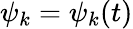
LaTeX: \psi_{k}=\psi_{k}(t)